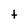
Character: t